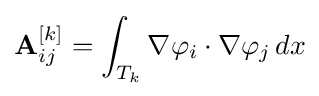
\mathbf {A} _{ij}^{[k]}=\int _{T_{k}}\nabla \varphi _{i}\cdot \nabla \varphi _{j}\,dx